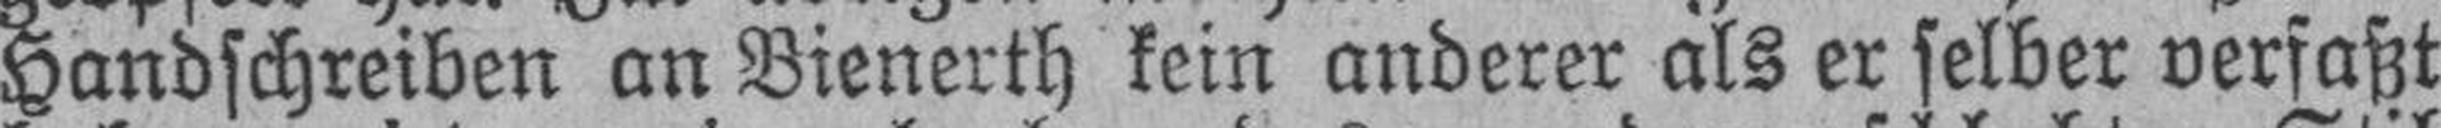
Handschreiben an Bienerth kein anderer als er selber verfaßt